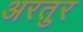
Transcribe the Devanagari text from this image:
अरतुर